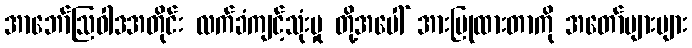
အာဘော်ဩဝါဒအတိုင်း လက်ခံကျင့်သုံးမှု တို့အပေါ် အားပြုထားတာကို အတော်များများ